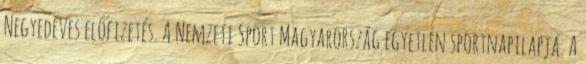
Negyedéves előfizetés. A Nemzeti Sport Magyarország egyetlen sportnapilapja. A